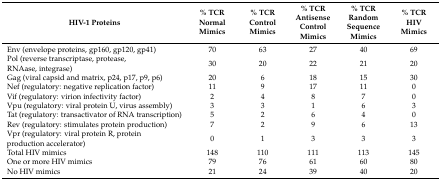
<table><thead><tr><td><b>HIV-1 Proteins</b></td><td><b>% TCR Normal Mimics</b></td><td><b>% TCR Control Mimics</b></td><td><b>% TCR Antisense Control Mimics</b></td><td><b>% TCR Random Sequence Mimics</b></td><td><b>% TCR HIV Mimics</b></td></tr></thead><tbody><tr><td>Env (envelope proteins, gp160, gp120, gp41)</td><td>70</td><td>63</td><td>27</td><td>40</td><td>69</td></tr><tr><td>Pol (reverse transcriptase, protease, RNAase, integrase)</td><td>30</td><td>20</td><td>22</td><td>21</td><td>20</td></tr><tr><td>Gag (viral capsid and matrix, p24, p17, p9, p6)</td><td>20</td><td>6</td><td>18</td><td>15</td><td>30</td></tr><tr><td>Nef (regulatory: negative replication factor)</td><td>11</td><td>9</td><td>17</td><td>11</td><td>0</td></tr><tr><td>Vif (regulatory: virion infectivity factor)</td><td>2</td><td>4</td><td>8</td><td>7</td><td>0</td></tr><tr><td>Vpu (regulatory: viral protein U, virus assembly)</td><td>3</td><td>3</td><td>1</td><td>6</td><td>3</td></tr><tr><td>Tat (regulatory: transactivator of RNA transcription)</td><td>5</td><td>2</td><td>6</td><td>4</td><td>0</td></tr><tr><td>Rev (regulatory: stimulates protein production)</td><td>7</td><td>2</td><td>9</td><td>6</td><td>13</td></tr><tr><td>Vpr (regulatory: viral protein R, protein production accelerator)</td><td>0</td><td>1</td><td>3</td><td>3</td><td>3</td></tr><tr><td>Total HIV mimics</td><td>148</td><td>110</td><td>111</td><td>113</td><td>145</td></tr><tr><td>One or more HIV mimics</td><td>79</td><td>76</td><td>61</td><td>60</td><td>80</td></tr><tr><td>No HIV mimics</td><td>21</td><td>24</td><td>39</td><td>40</td><td>20</td></tr></tbody></table>